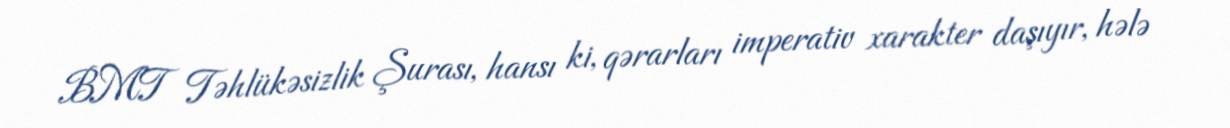
BMT Təhlükəsizlik Şurası, hansı ki, qərarları imperativ xarakter daşıyır, hələ